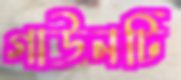
গাউনটি